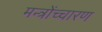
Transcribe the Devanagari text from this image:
मन्त्रोंच्चारण